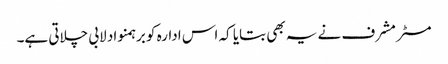
مسٹر مشرف نے یہ بھی بتایا کہ اس ادارہ کو برہمنواد لابی چلاتی ہے۔